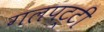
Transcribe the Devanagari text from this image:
गलपट्टी